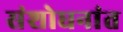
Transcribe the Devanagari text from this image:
संशोधनांत